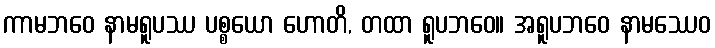
ကာမဘဝေ နာမရူပဿ ပစ္စယော ဟောတိ, တထာ ရူပဘဝေ။ အရူပဘဝေ နာမဿေဝ